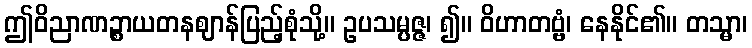
ဤဝိညာဏဉ္စာယတနဈာန်ပြည့်စုံသို့။ ဥပသမ္ပဇ္ဇ၊ ၍။ ဝိဟာတဗ္ဗံ၊ နေနိုင်၏။ တသ္မာ၊